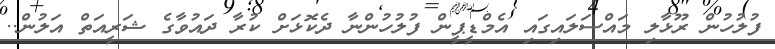
ފުލުހުން ރޫޅާލި މައްސަލައިގައި އެމްޑީޕީން ފުލުހުންނާ ދެކޮޅަށް ކުރާ ދައުވާގެ ޝަރީއަތް އަލުން..